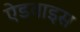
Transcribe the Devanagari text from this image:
ऐडवाइस